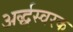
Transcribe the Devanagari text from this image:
अर्द्धस्वरक